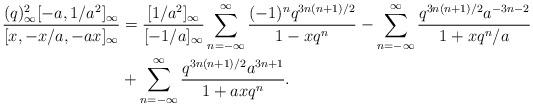
LaTeX: \begin{align*} \frac{(q)_\infty^2[-a, 1/a^2]_\infty}{[x, -x/a, -ax]_\infty} &= \frac{[1/a^2]_\infty}{[-1/a]_\infty} \sum_{n=-\infty}^{\infty}\frac{(-1)^{n}q^{3n(n+1)/2}}{1-xq^n} -\sum_{n=-\infty}^{\infty}\frac{q^{3n(n+1)/2}a^{-3n-2}}{1+xq^n/a} \\& +\sum_{n=-\infty}^{\infty}\frac{q^{3n(n+1)/2}a^{3n+1}}{1+axq^n}.\end{align*}